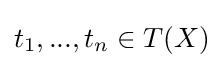
t_{1},...,t_{n}\in T(X)